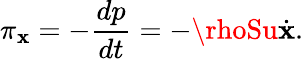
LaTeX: \pi_{\mathbf{x}}=-\frac{{dp}}{{dt}}=-\rhoSu\dot{{\mathbf{x}}}.